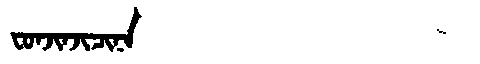
Manchu: ᠸᠣᠨᠵᡳᠨᠵᡳᠴᡳᠨᠠ
Romanization: FONJINJICINA